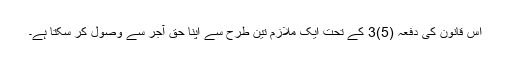
اس قانون کی دفعہ (5)3 کے تحت ایک ملازم تین طرح سے اپنا حق آجر سے وصول کر سکتا ہے۔